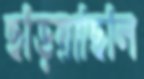
ছড়িয়াছিলি